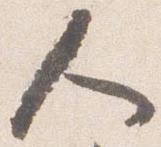
人